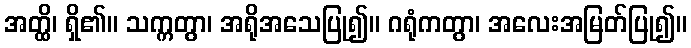
အတ္ထိ၊ ရှိ၏။ သက္ကတွာ၊ အရိုအသေပြု၍။ ဂရုံကတွာ၊ အလေးအမြတ်ပြု၍။